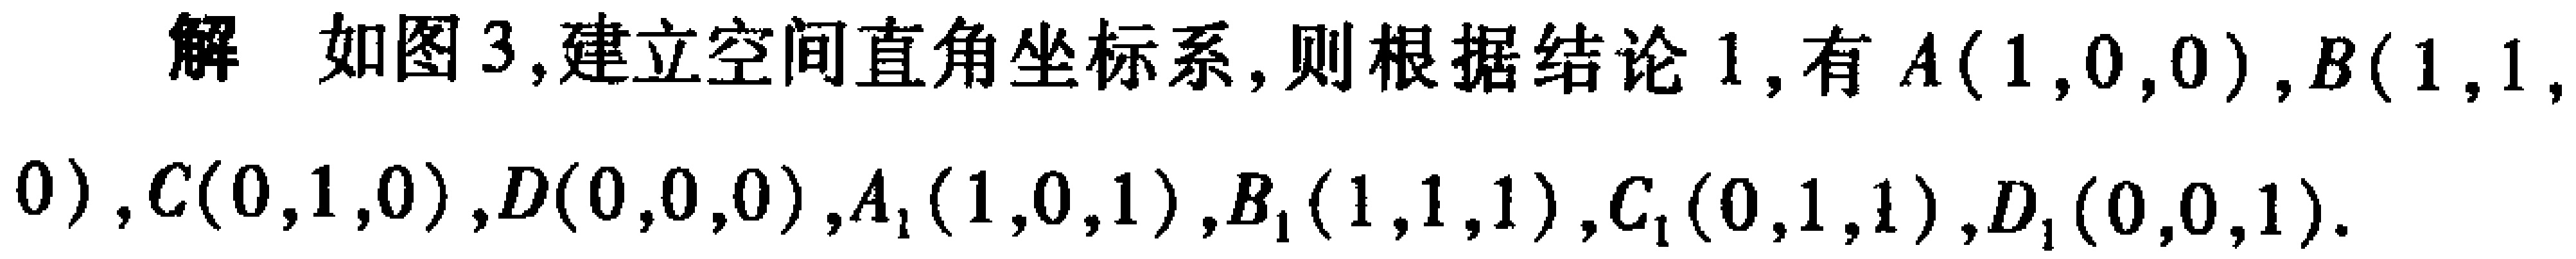
解 如图3,建立空间直角坐标系,则根据结论1,有\(A(1,0,0)\),\(B(1,1,0)\),\(C(0,1,0)\),\(D(0,0,0)\),\(A_{1}(1,0,1)\),\(B_{1}(1,1,1)\),\(C_{1}(0,1,1)\),\(D_{1}(0,0,1)\).